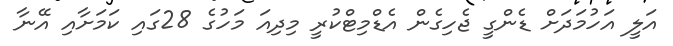
އަލީ އަހުމަދަށް ޑެންގީ ޖެހިގެން އެޑްމިޓްކުރީ މިދިއަ މަހުގެ 28ގައި ކަމަށާއި އޭނާ